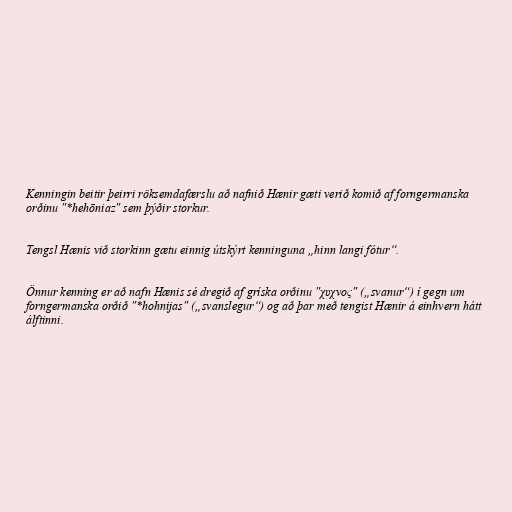
Kenningin beitir þeirri röksemdafærslu að nafnið Hænir gæti verið komið af forngermanska
orðinu "*hehōniaz" sem þýðir storkur.

Tengsl Hænis við storkinn gætu einnig útskýrt kenninguna „hinn langi fótur“.

Önnur kenning er að nafn Hænis sé dregið af gríska orðinu "χυχνος" („svanur“) í gegn um
forngermanska orðið "*hohnijas" („svanslegur“) og að þar með tengist Hænir á einhvern hátt
álftinni.